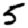
Digit: 5